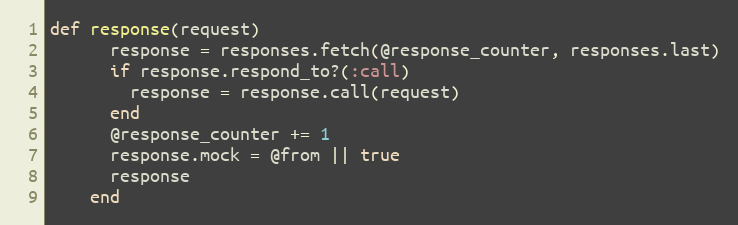
Language: Ruby
def response(request)
      response = responses.fetch(@response_counter, responses.last)
      if response.respond_to?(:call)
        response = response.call(request)
      end
      @response_counter += 1
      response.mock = @from || true
      response
    end